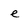
Character: e